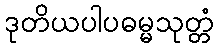
ဒုတိယပါပဓမ္မသုတ္တံ